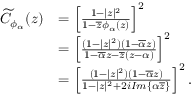
\begin{array} { r l } { \widetilde { C } _ { \phi _ { \alpha } } ( z ) } & { = \left[ \frac { 1 - | z | ^ { 2 } } { 1 - \overline { { z } } \phi _ { \alpha } ( z ) } \right] ^ { 2 } } \\ & { = \left[ \frac { ( 1 - | z | ^ { 2 } ) ( 1 - \overline { { \alpha } } z ) } { 1 - \overline { { \alpha } } z - \overline { { z } } ( z - \alpha ) } \right] ^ { 2 } } \\ & { = \left[ \frac { ( 1 - | z | ^ { 2 } ) ( 1 - \overline { { \alpha } } z ) } { 1 - | z | ^ { 2 } + 2 i I m \{ \alpha \overline { { z } } \} } \right] ^ { 2 } . } \end{array}